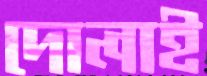
দোলাই